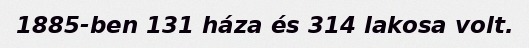
1885-ben 131 háza és 314 lakosa volt.